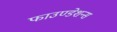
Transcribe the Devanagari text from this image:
फाउण्डेशन्स